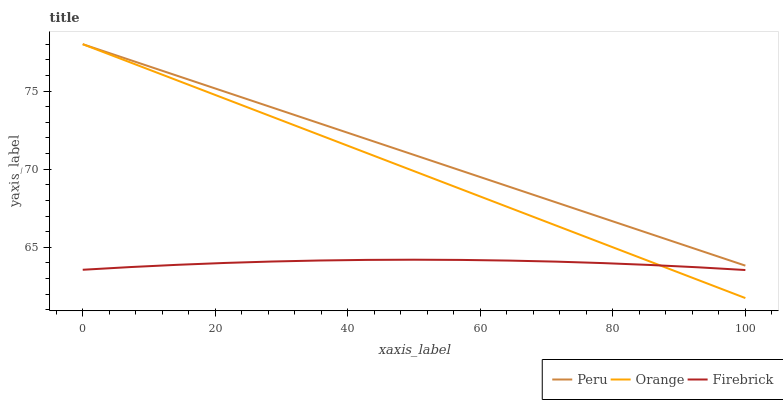
| xaxis_label | Peru | Orange | Firebrick |
 | --- | --- | --- | --- |
 | 0 | 78 | 78 | 63.6 |
 | 7.14 | 77 | 76.8 | 63.7 |
 | 14.3 | 76 | 75.7 | 63.9 |
 | 21.4 | 75 | 74.5 | 64 |
 | 28.6 | 73.9 | 73.4 | 64.1 |
 | 35.7 | 72.9 | 72.2 | 64.2 |
 | 42.9 | 71.9 | 71 | 64.2 |
 | 50 | 70.9 | 69.9 | 64.2 |
 | 57.1 | 69.9 | 68.7 | 64.2 |
 | 64.3 | 68.9 | 67.6 | 64.1 |
 | 71.4 | 67.9 | 66.4 | 64.1 |
 | 78.6 | 66.9 | 65.2 | 64 |
 | 85.7 | 65.8 | 64.1 | 63.9 |
 | 92.9 | 64.8 | 62.9 | 63.7 |
 | 100 | 63.8 | 61.7 | 63.5 |